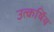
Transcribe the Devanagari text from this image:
उत्कर्षिय